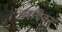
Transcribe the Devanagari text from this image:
अरणिकर